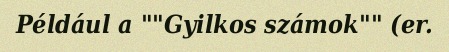
Például a ""Gyilkos számok"" (er.